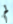
لم